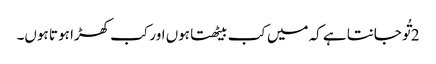
2 تُو جانتا ہے کہ میں کب بیٹھتا ہوں اور کب کھڑا ہو تا ہوں۔